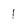
Character: 1